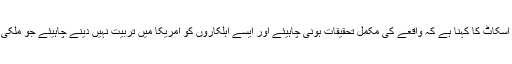
فلوریڈا کے ایک سینیٹر رک اسکاٹ کا کہنا ہے کہ واقعے کی مکمل تحقیقات ہونی چاہیئے اور ایسے اہلکاروں کو امریکا میں تربیت نہیں دینے چاہیئے جو ملکی سلامتی کے لیے خطرہ ہوں۔